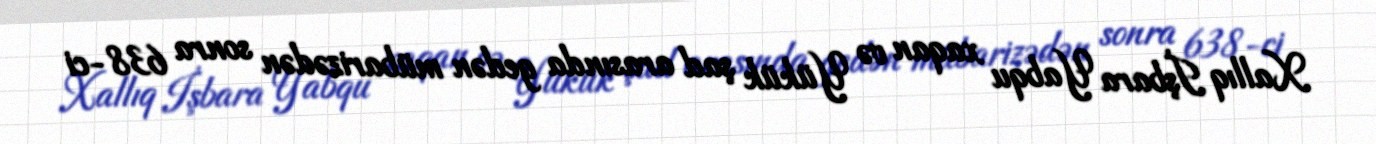
Xallıq İşbara Yabqu xaqan və Yükük şad arasında gedən mübarizədən sonra 638-ci